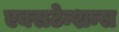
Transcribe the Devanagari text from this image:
एक्सटेन्शन्स